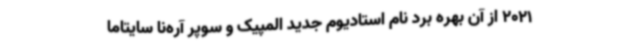
2021 از آن بهره برد نام استادیوم جدید المپیک و سوپر آره‌نا سایتاما